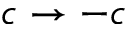
c \rightarrow - c